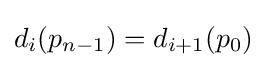
d_{i}(p_{n-1})=d_{i+1}(p_{0})